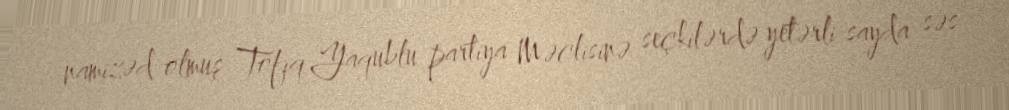
namizəd olmuş Tofiq Yaqublu partiya Məclisinə seçkilərdə yetərli sayda səs